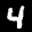
Label: 4